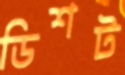
ডিশট